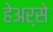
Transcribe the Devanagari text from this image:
हेअर्से